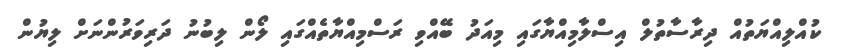
ކުއްލިއްޔަތުއް ދިރާސާތުލް އިސްލާމިއްޔާގައި މިއަދު ބޭއްވި ރަސްމިއްޔާތެއްގައި ލޯން ލިބުނު ދަރިވަރުންނަށް ލިޔުން